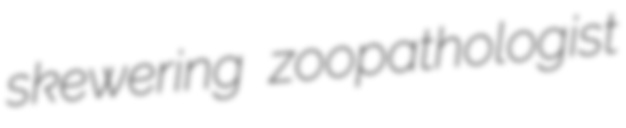
skewering zoopathologist